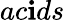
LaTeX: ac\mathbf{i}ds